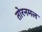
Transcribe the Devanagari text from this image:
तोरनमल